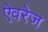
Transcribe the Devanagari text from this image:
ऐवरेज